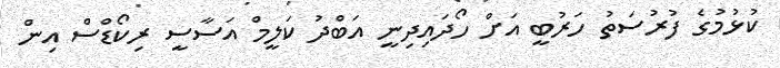
ކުޅުމުގެ ފުރުސަތު ހަރުބީ އަށް ހޯދައިދިނީ އަބްދު ކަލީމް އަސާސީ ރިކޯޑްސް އިން